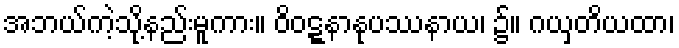
အဘယ်ကဲ့သို့နည်းမူကား။ ဝိဝဋ္ဋနာနုပဿနာယ၊ ၌။ ဂယှတိယထာ၊